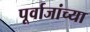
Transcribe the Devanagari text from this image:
पूर्वाजांच्या